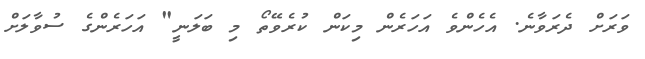
ވަރަށް ދެރަވާނެ. އެހެންވެ އަހަރެން މިކަން ކުރެވޭތޯ މި ބަލަނީ" އަހަރެންގެ ސުވާލަށް